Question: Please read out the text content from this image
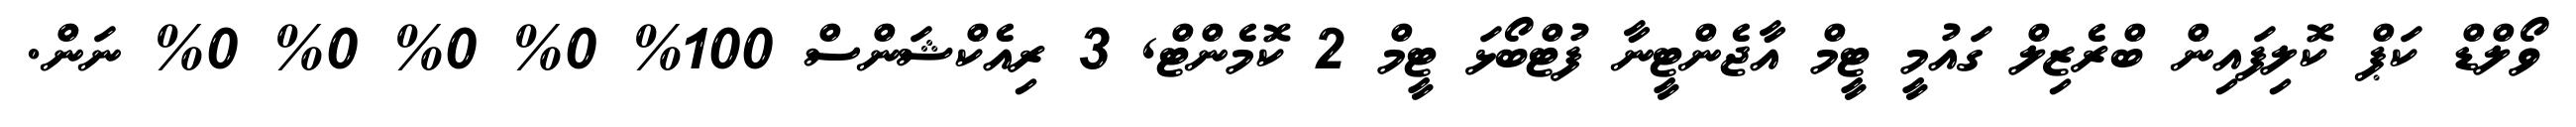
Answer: ވޯލްޑް ކަޕް ކޮލިފައިން ބްރެޒިލް ގައުމީ ޓީމް އާޖެންޓީނާ ފުޓްބޯޅަ ޓީމް 2 ކޮމެންޓް, 3 ރިއެކްޝަންސް 100% 0% 0% 0% 0% ނަން.